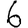
Digit: 6